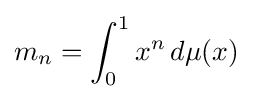
m_{n}=\int _{0}^{1}x^{n}\,d\mu (x)